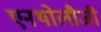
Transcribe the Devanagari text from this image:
एनथोलौजी